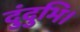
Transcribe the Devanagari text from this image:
दुंदुभि।